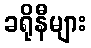
ခရိုနီများ